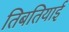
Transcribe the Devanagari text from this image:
तिबतियाई